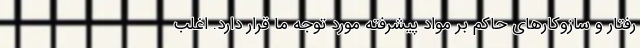
رفتار و سازوکارهای حاکم بر مواد پیشرفته مورد توجه ما قرار دارد. اغلب